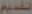
التقديم